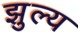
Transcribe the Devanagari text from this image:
झुल्य